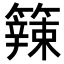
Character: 𥶁